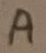
Text: A